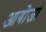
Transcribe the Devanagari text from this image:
आबोजा